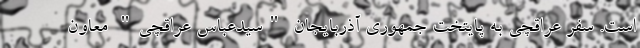
است. سفر عراقچی به پایتخت جمهوری آذربایجان "سیدعباس عراقچی" معاون